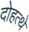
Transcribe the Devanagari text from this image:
दोहत्थे